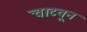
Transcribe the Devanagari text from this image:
चाटवून